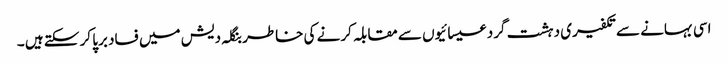
اسی بہانے سے تکفیری دہشت گرد عیسائیوں سے مقابلہ کرنے کی خاطر بنگلہ دیش میں فساد برپا کر سکتے ہیں ۔